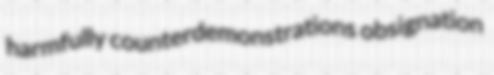
harmfully counterdemonstrations obsignation